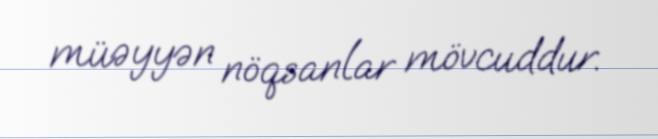
müəyyən nöqsanlar mövcuddur.